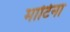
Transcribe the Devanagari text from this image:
माटिना